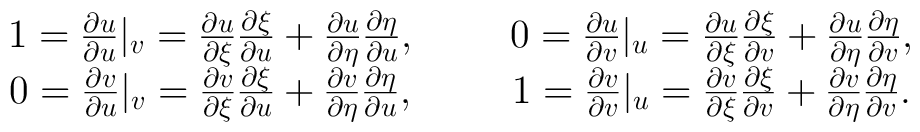
{\large\begin{array}{cc}     1 = \frac{\partial u}{\partial u} |_v         = \frac{\partial u}{\partial \xi}  \frac{\partial \xi}{\partial u}       + \frac{\partial u}{\partial \eta} \frac{\partial \eta}{\partial u},       & \hspace{0.9cm}     0 = \frac{\partial u}{\partial v} |_u       = \frac{\partial u}{\partial \xi}  \frac{\partial \xi}{\partial v}       + \frac{\partial u}{\partial \eta} \frac{\partial \eta}{\partial v},       \\     0 = \frac{\partial v}{\partial u} |_v       = \frac{\partial v}{\partial \xi}  \frac{\partial \xi}{\partial u}       + \frac{\partial v}{\partial \eta} \frac{\partial \eta}{\partial u},       & \hspace{0.9cm}     1 = \frac{\partial v}{\partial v} |_u       = \frac{\partial v}{\partial \xi}  \frac{\partial \xi}{\partial v}       + \frac{\partial v}{\partial \eta} \frac{\partial \eta}{\partial v} .   \end{array} }